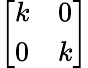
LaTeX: \left[\begin{array}{ll}{k}&{0}\\ {0}&{k}\end{array}\right]